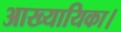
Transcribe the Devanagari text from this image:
आख्यायिका।